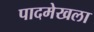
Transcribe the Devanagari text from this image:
पादमेखला